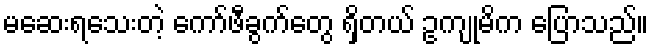
မဆေးရသေးတဲ့ ကော်ဖီခွက်တွေ ရှိတယ် ဥကျုမိက ပြောသည်။